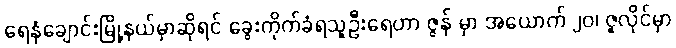
ရေနံချောင်းမြို့နယ်မှာဆိုရင် ခွေးကိုက်ခံရသူဦးရေဟာ ဇွန် မှာ အယောက် ၂၀၊ ဇူလိုင်မှာ